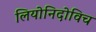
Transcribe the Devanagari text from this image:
लियोनिदोविच